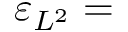
\varepsilon _ { L ^ { 2 } } =